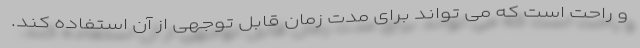
و راحت است که می تواند برای مدت زمان قابل توجهی از آن استفاده کند.